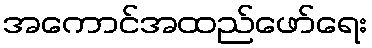
အကောင်အထည်ဖော်ရေး